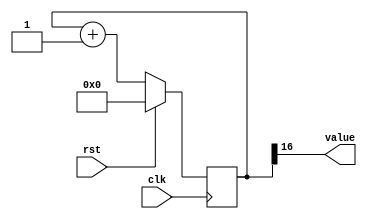
/*
   This file was generated automatically by Alchitry Labs version 1.2.1.
   Do not edit this file directly. Instead edit the original Lucid source.
   This is a temporary file and any changes made to it will be destroyed.
*/

/*
   Parameters:
     SIZE = DIGIT_BITS
     DIV = DIV
     TOP = DIGITS-1
     UP = 1
*/
module counter_9 (
    input clk,
    input rst,
    output reg [0:0] value
  );
  
  localparam SIZE = 1'h1;
  localparam DIV = 5'h10;
  localparam TOP = 2'h0;
  localparam UP = 1'h1;
  
  
  reg [16:0] M_ctr_d, M_ctr_q = 1'h0;
  
  localparam MAX_VALUE = 18'h0ffff;
  
  always @* begin
    M_ctr_d = M_ctr_q;
    
    value = M_ctr_q[16+0-:1];
    if (1'h1) begin
      M_ctr_d = M_ctr_q + 1'h1;
      if (1'h0 && M_ctr_q == 18'h0ffff) begin
        M_ctr_d = 1'h0;
      end
    end else begin
      M_ctr_d = M_ctr_q - 1'h1;
      if (1'h0 && M_ctr_q == 1'h0) begin
        M_ctr_d = 18'h0ffff;
      end
    end
  end
  
  always @(posedge clk) begin
    if (rst == 1'b1) begin
      M_ctr_q <= 1'h0;
    end else begin
      M_ctr_q <= M_ctr_d;
    end
  end
  
endmodule